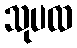
သုပထ